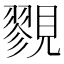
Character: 𧢋